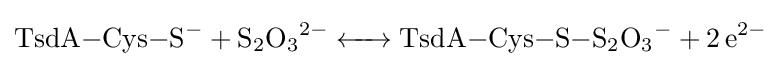
{\ce {TsdA-Cys-S^- + S2O3^2- <-> TsdA-Cys-S-S2O3^- + 2e^2-}}